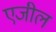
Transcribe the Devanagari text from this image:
एजील